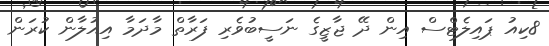
8ކިއު ޕައިލެޓްސް އިން ދޭ ޖާޒީގެ ނަސީބުވެރި ފަރާތް މާދަމާ އިއުލާން ކުރަން